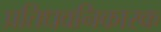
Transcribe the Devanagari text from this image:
प्रतिधवनिकारक